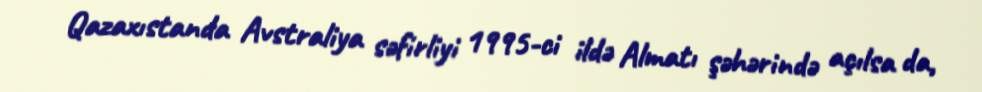
Qazaxıstanda Avstraliya səfirliyi 1995-ci ildə Almatı şəhərində açılsa da,